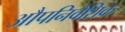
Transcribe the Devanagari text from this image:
औपनिवैशिक